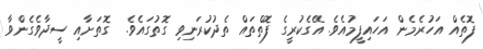
ފޮތެއް އަހުރެމެން އަހައިފީމުއެވެ. އޭގެކުރީގެ ފޮތްތައް ތެދުކުރަނިވި ގޮތުގައެވެ.  ގޮތަށާއި ސީދާވެގެންވާ